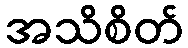
အသိစိတ်